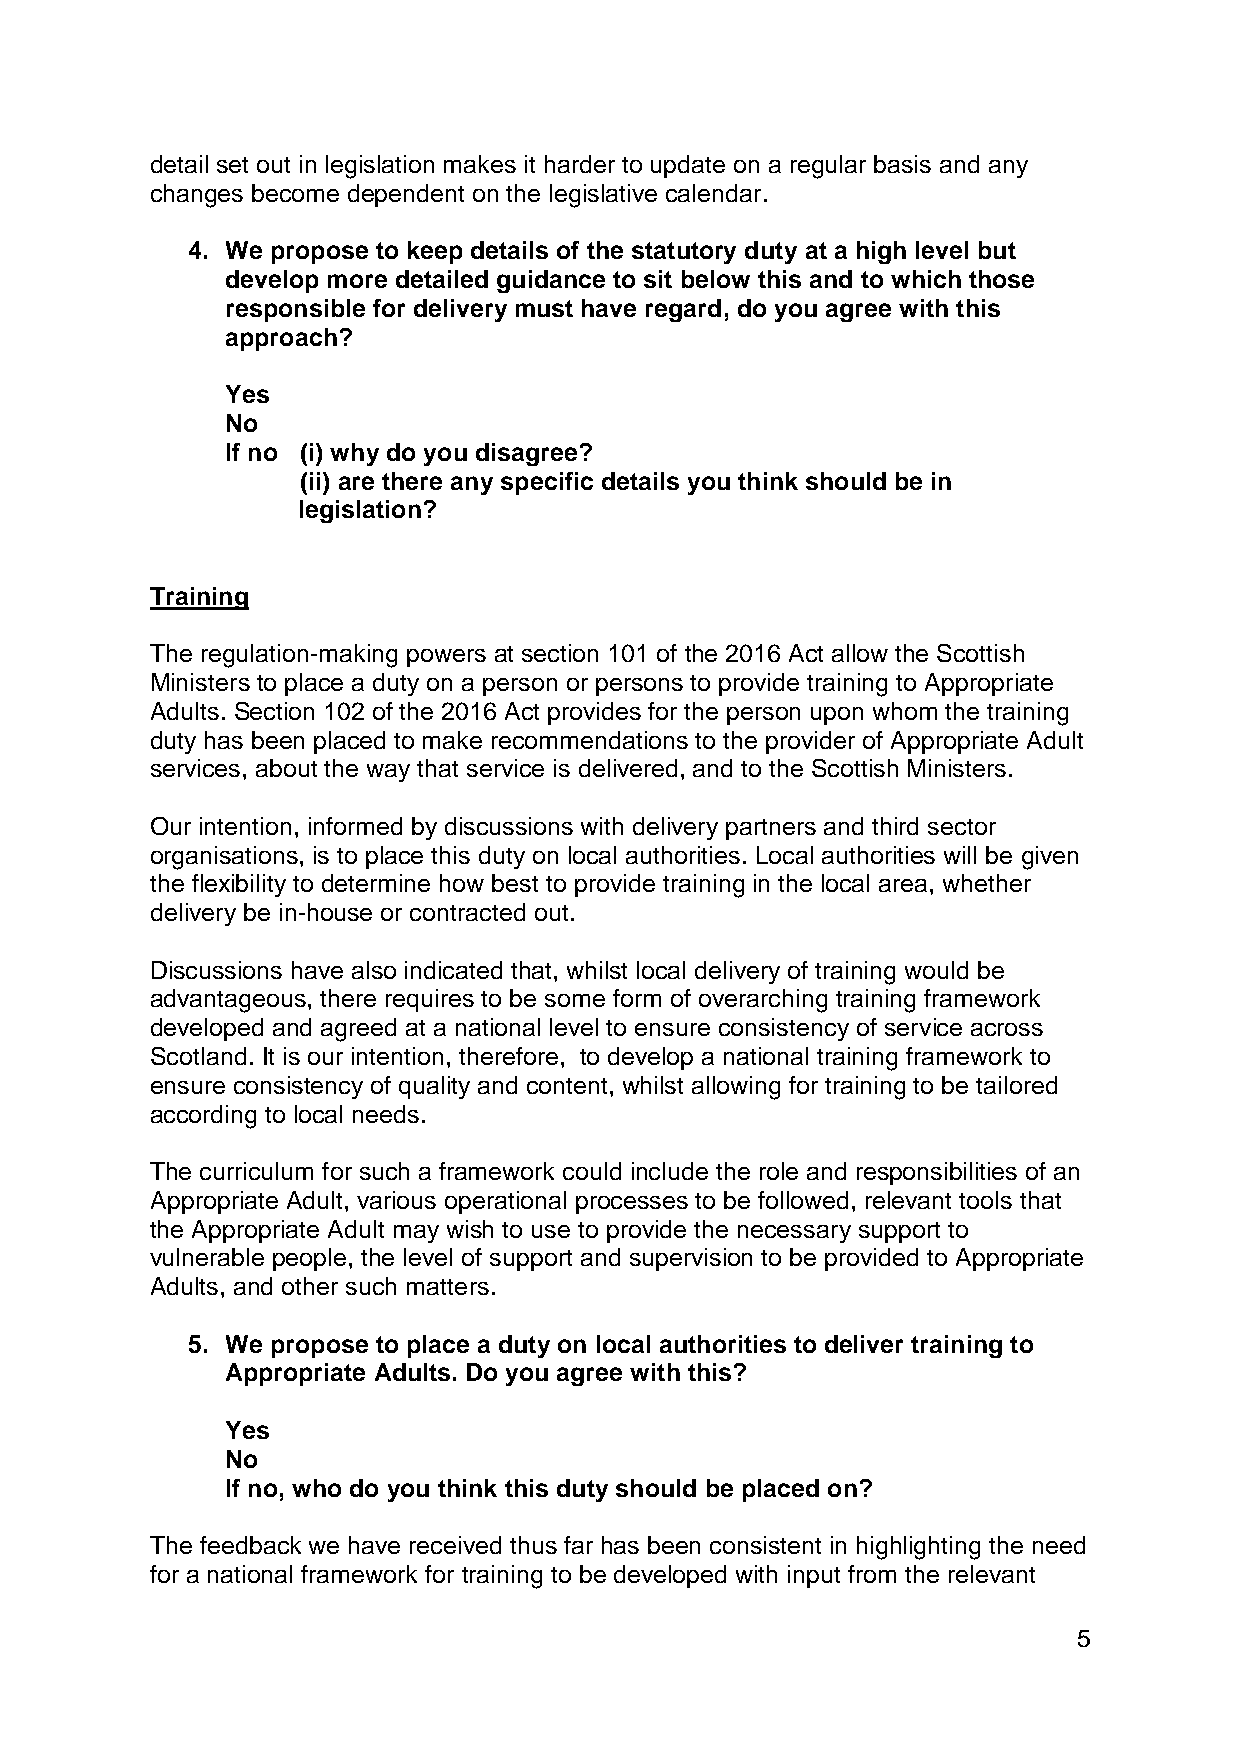
detail set out in legislation makes it harder to update on a regular basis and any
 changes become dependent on the legislative calendar.
 4. We propose to keep details of the statutory duty at a high level but
 develop more detailed guidance to sit below this and to which those
 responsible for delivery must have regard, do you agree with this
 approach?
 Yes
 No
 If no (i) why do you disagree?
 (ii) are there any specific details you think should be in
 legislation?
 Training
 The regulation-making powers at section 101 of the 2016 Act allow the Scottish
 Ministers to place a duty on a person or persons to provide training to Appropriate
 Adults. Section 102 of the 2016 Act provides for the person upon whom the training
 duty has been placed to make recommendations to the provider of Appropriate Adult
 services, about the way that service is delivered, and to the Scottish Ministers.
 Our intention, informed by discussions with delivery partners and third sector
 organisations, is to place this duty on local authorities. Local authorities will be given
 the flexibility to determine how best to provide training in the local area, whether
 delivery be in-house or contracted out.
 Discussions have also indicated that, whilst local delivery of training would be
 advantageous, there requires to be some form of overarching training framework
 developed and agreed at a national level to ensure consistency of service across
 Scotland. It is our intention, therefore, to develop a national training framework to
 ensure consistency of quality and content, whilst allowing for training to be tailored
 according to local needs.
 The curriculum for such a framework could include the role and responsibilities of an
 Appropriate Adult, various operational processes to be followed, relevant tools that
 the Appropriate Adult may wish to use to provide the necessary support to
 vulnerable people, the level of support and supervision to be provided to Appropriate
 Adults, and other such matters.
 5. We propose to place a duty on local authorities to deliver training to
 Appropriate Adults. Do you agree with this?
 Yes
 No
 If no, who do you think this duty should be placed on?
 The feedback we have received thus far has been consistent in highlighting the need
 for a national framework for training to be developed with input from the relevant
 5